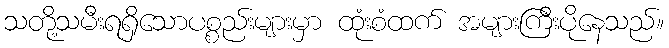
သတို့သမီးရရှိသောပစ္စည်းများမှာ ထုံးစံထက် အများကြီးပိုနေသည်။